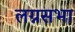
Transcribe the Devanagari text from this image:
लग्नसभा